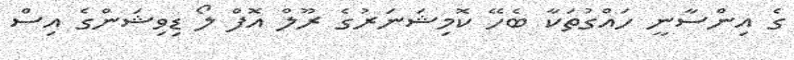
ގެ އިންސާނީ ހައްގުތަކާ ބެހޭ ކޮމިޝަނަރުގެ ރޫލް އޮފް ލޯ ޑިވިޝަންގެ އިސް